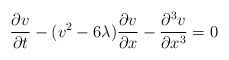
\begin{align*}{\partial v \over {\partial t}} - (v^2-6\lambda){\partial v \over {\partial x}} - {\partial^3 v \over {\partial x^3}} = 0\end{align*}